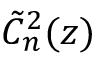
\tilde { C } _ { n } ^ { 2 } ( z )